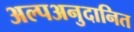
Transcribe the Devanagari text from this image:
अल्पअनुदानित